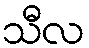
သီလ